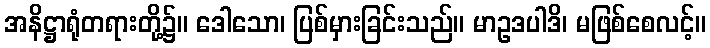
အနိဋ္ဌာရုံတရားတို့၌။ ဒေါသော၊ ပြစ်မှားခြင်းသည်။ မာဥဒပါဒိ၊ မဖြစ်စေလင့်။